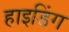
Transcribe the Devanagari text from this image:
हाइडिंग